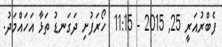
ފެބްރުއަރީ 25